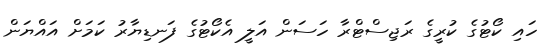
ހައި ކޯޓުގެ ކުރީގެ ރަޖިސްޓްރާ ހަސަން އަލީ އެކޯޓުގެ ފަނޑިޔާރު ކަމަށް އައްޔަން